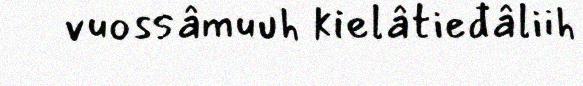
vuossâmuuh kielâtieđâliih